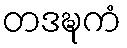
တဒဍ္ဎကံ